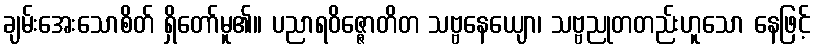
ချမ်းအေးသောစိတ် ရှိတော်မူ၏။ ပညာရဝိဇ္ဇောတိတ သဗ္ဗနေယျော၊ သဗ္ဗညုတတည်းဟူသော နေဖြင့်